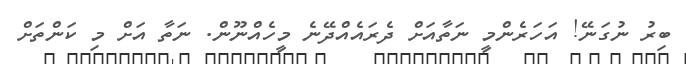
ބިރު ނުގަނޭ! އަހަރެންމީ ނަތާއަށް ދެރައެއްދޭނެ މީހެއްނޫން. ނަތާ އަށް މި ކަންތަށް